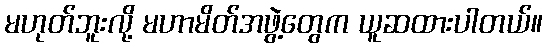
မဟုတ်ဘူးလို့ မဟာမိတ်အဖွဲ့တွေက ယူဆထားပါတယ်။